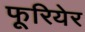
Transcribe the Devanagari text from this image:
फूरियेर